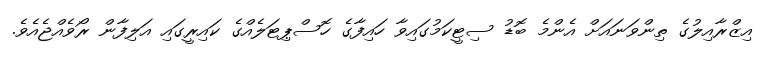
އިޒްރާއިލުގެ ތިންވަނައަށް އެންމެ ބޮޑު ސިޓީކަމުގައިވާ ހައިފާގެ ހޮސްޕިޓަލެއްގެ ކައިރީގައި އަލިފާން ރޯވެއްޖެއެވެ.